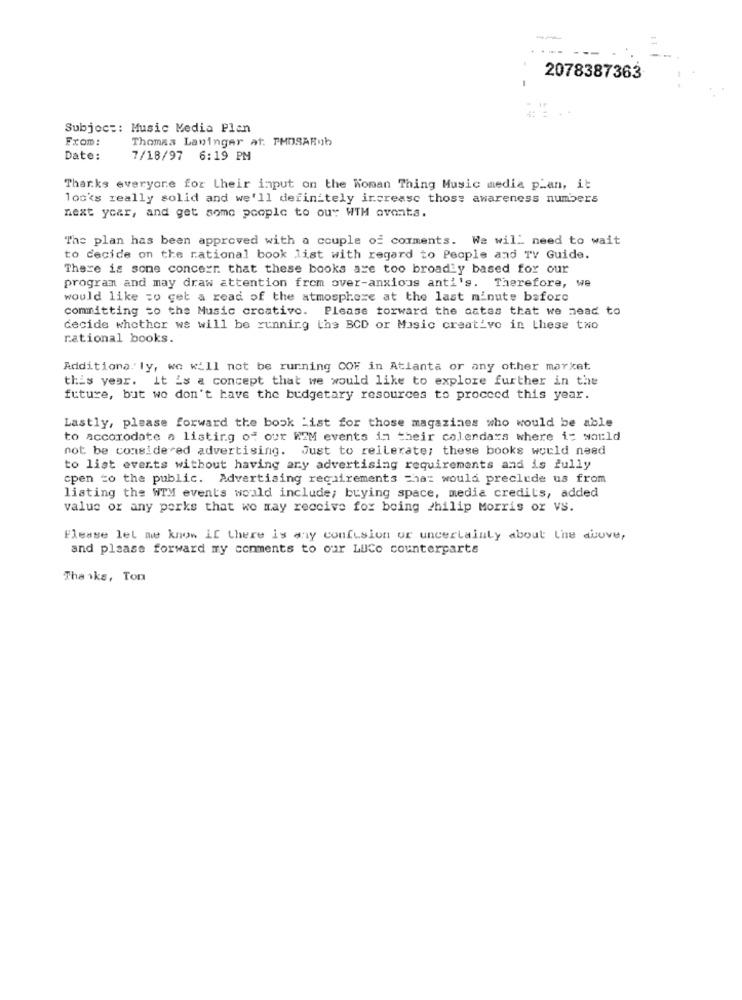
--
2078387363
Subject: Music Media Plan
From:
Thomas Laninger at: THOSARub
Date:
7/18/97 6:19 PM
Thanks everyone for their input on the Woman Thing Music media plan, it
looks really solid and we'll definitely increase those awareness numbers
next year, and get some people to ouy WTM avents.
The plan has been approved with a couple of comments. We will need to wait
to decide on the national book list with regard to People and TV Guide.
There is sone concerr. that these books are too broadly based for our
program and may draw attention from over-anxious anti's. Therefore, we
would like to get a read of the atmosphere at the last minute before
committing to the Music creative. Please forward the catas that we nead to
decide whether we will be running ths BCD or Music creativo in these two
rational books.
Additiona. ly, we will not be running COF in Atlanta or any other market
this year. it is a concept that we would like to explore further in the
future, but we don't have the budgetary resources to proceed this year.
Lastly, please forward the book "ist for those magazines who would be able
to accomodate a listing of our RAM events in their calendars where i: would
not be considered advertising. Just to reiterate; these books would need
to list everts without having ary advertising requirements and is fully
cpen to the public. Advertising requirements chaz would preclude us from
listing the WTM events would include; buying space, media credits, added
value or any porks that we may receive for being philip Morris or VS.
Flease let me know if there is any confusion or uncertainty about The duove,
and please forward my comments to our LUCo counterparts
Tha 1ks, Ton